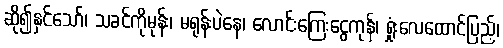
ဆို၍နှင်သော်၊ သခင်ကိုမုန်း၊ မရုန်းပဲနေ၊ လောင်းကြေးငွေကုန်၊ ရှုံးလေထောင်ပြည့်၊